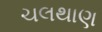
ચલથાણ